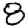
Digit: 8